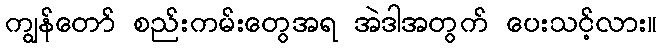
ကျွန်တော် စည်းကမ်းတွေအရ အဲဒါအတွက် ပေးသင့်လား။